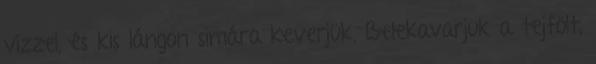
vízzel, és kis lángon simára keverjük. Belekavarjuk a tejfölt,